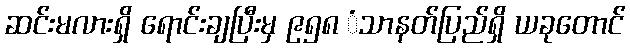
ဆင်းမလားရှိ ရောင်းချပြီးမှ ၉၅၈ ံသာနတ်ပြည်ရှိ ယခုတောင်